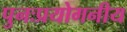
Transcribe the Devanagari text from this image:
पुनःप्रयोगनीय